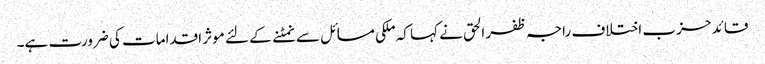
قائد حزب اختلاف راجہ ظفر الحق نے کہا کہ ملکی مسائل سے نمٹنے کے لئے موثر اقدامات کی ضرورت ہے۔